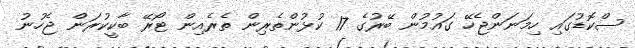
ސްކޮޑުގައި ހިމަނަންޖެހޭ ގައުމުން ބޭރުގެ 17 ކުޅުންތެރިން ތެރެއިން ޓޯރޭ ބާކީކުރަން ޖެހުނު